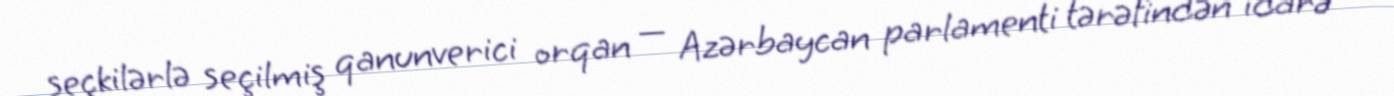
seçkilərlə seçilmiş qanunverici orqan — Azərbaycan parlamenti tərəfindən idarə